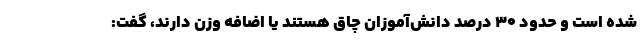
شده است و حدود 30 درصد دانش‌آموزان چاق هستند یا اضافه وزن دارند، گفت: